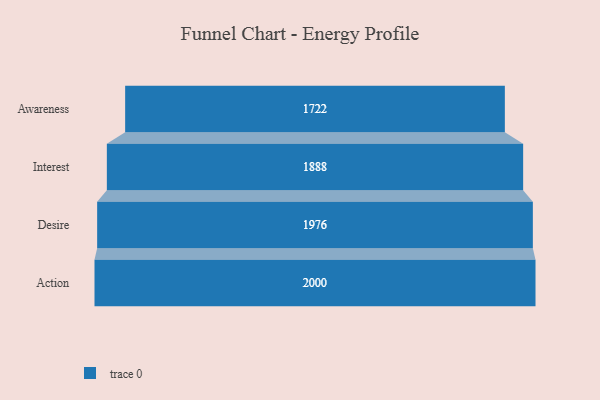
{"axis": {"x": "Stage", "y": "Value"}, "legend": [""], "data": [{"x": "Awareness", "y": 1722.0, "type": ""}, {"x": "Interest", "y": 1888.0, "type": ""}, {"x": "Desire", "y": 1976.0, "type": ""}, {"x": "Action", "y": 2000, "type": ""}]}